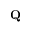
\mathbf { Q }